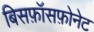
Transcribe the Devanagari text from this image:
बिसफ़ॉसफ़ोनेट